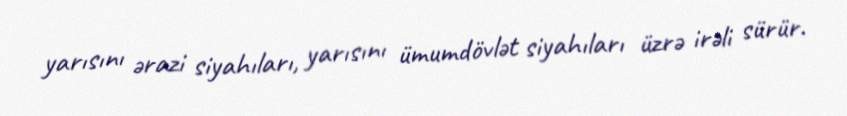
yarısını ərazi siyahıları, yarısını ümumdövlət siyahıları üzrə irəli sürür.